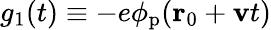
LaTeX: g_{1}(t)\equiv-e\phi_{\mathrm{p}}(\mathbf{r}_{0}+\mathbf{v}t)